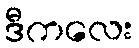
ဒီကလေး